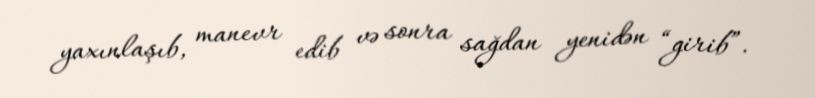
yaxınlaşıb, manevr edib və sonra sağdan yenidən “girib”.